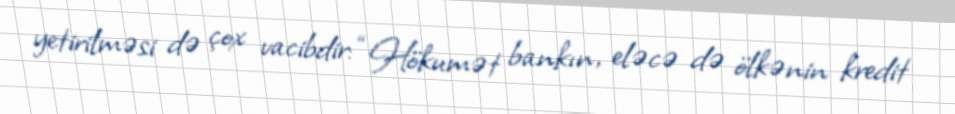
yetirilməsi də çox vacibdir: “Hökumət bankın, eləcə də ölkənin kredit